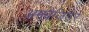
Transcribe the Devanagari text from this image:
अमबैजिडर